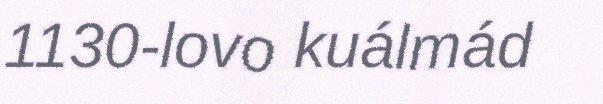
1130-lovo kuálmád